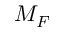
M _ { F }